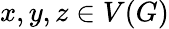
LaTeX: x,y,z\in V(G)